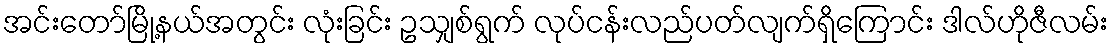
အင်းတော်မြို့နယ်အတွင်း လုံးခြင်း ဥသျှစ်ရွက် လုပ်ငန်းလည်ပတ်လျက်ရှိကြောင်း ဒါလ်ဟိုဇီလမ်း